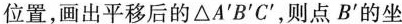
位置，画出平移后的\bigtriangleup A^{\prime}B^{\prime}C^{\prime}，则点B^{\prime}的坐